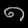
Digit: ၈